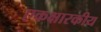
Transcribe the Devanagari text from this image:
एकक्षारकीय